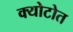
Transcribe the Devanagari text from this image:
क्योटोत